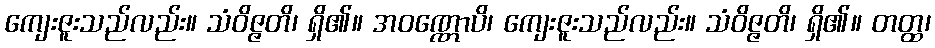
ကျေးဇူးသည်လည်း။ သံဝိဇ္ဇတိ၊ ရှိ၏။ အဝဏ္ဏောပိ၊ ကျေးဇူးသည်လည်း။ သံဝိဇ္ဇတိ၊ ရှိ၏။ တတ္ထ၊